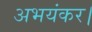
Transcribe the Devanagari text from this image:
अभयंकर।